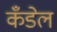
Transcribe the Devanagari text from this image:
कँडेल